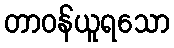
တာဝန်ယူရသော